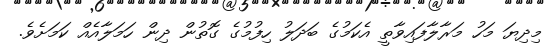
މިދިޔަ މަހު މަރާލާފައިވާތީ އެކަމުގެ ބަދަލު ހިފުމުގެ ގޮތުން ދިން ހަމަލާއެއް ކަމަށެވެ.